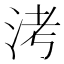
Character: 洘